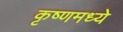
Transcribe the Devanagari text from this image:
कृष्णमध्ये